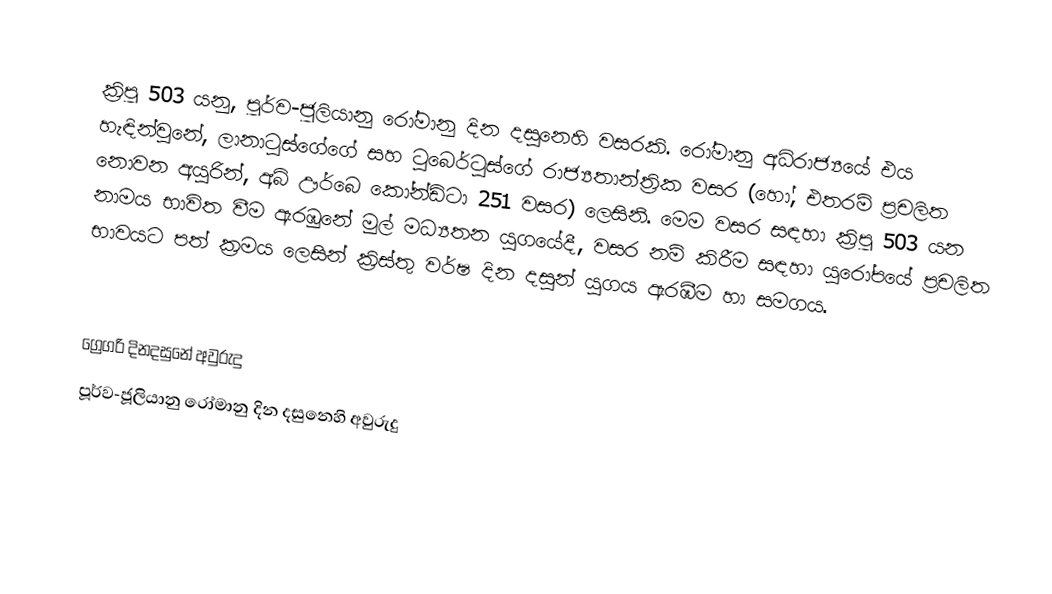

ක්‍රිපූ 503 යනු, පූර්ව-ජූලියානු රෝමානු දින දසුනෙහි වසරකි. රෝමානු අධිරාජ්‍යයේ එය හැඳින්වුනේ, ලානාටුස්ගේගේ සහ ටුබෙර්ටුස්ගේ රාජ්‍යතාන්ත්‍රික වසර (හෝ, එතරම් ප්‍රචලිත නොවන අයුරින්, අබ් ඌර්බෙ කෝන්ඩිටා 251 වසර) ලෙසිනි. මෙම වසර සඳහා ක්‍රිපූ 503 යන නාමය භාවිත වීම ඇරඹුනේ මුල්  මධ්‍යතන යුගයේදී, වසර නම් කිරීම සඳහා යුරෝපයේ ප්‍රචලිත භාවයට පත් ක්‍රමය ලෙසින් ක්‍රිස්තු වර්ෂ දින දසුන් යුගය ඇරඹීම හා සමගය.

ග්‍රෙගරි දිනදසුනේ අවුරුදු
පූර්ව-ජූලියානු රෝමානු දින දසුනෙහි අවුරුදු